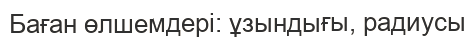
Баған өлшемдері: ұзындығы, радиусы